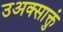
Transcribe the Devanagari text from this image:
उअक्साक्तुं